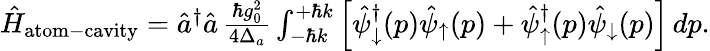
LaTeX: \begin{array}{r}{\hat{H}_{\mathrm{atom-cavity}}=\hat{a}^{\dagger}\hat{a}\, \frac{\hbar g_{0}^{2}}{4\Delta_{a}}\int_{-\hbar k}^{+\hbar k}\left[\hat{\psi}_{\downarrow}^{\dagger}(p)\hat{\psi}_{\uparrow}(p)+\hat{\psi}_{\uparrow}^{\dagger}(p)\hat{\psi}_{\downarrow}(p)\right]\, dp.}\end{array}